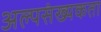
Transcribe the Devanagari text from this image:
अल्पसंख्यकता